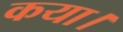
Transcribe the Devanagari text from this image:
कया।